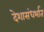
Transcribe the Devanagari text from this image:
देशासंधर्भात